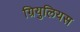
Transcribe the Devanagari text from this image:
ग्रियुलियस